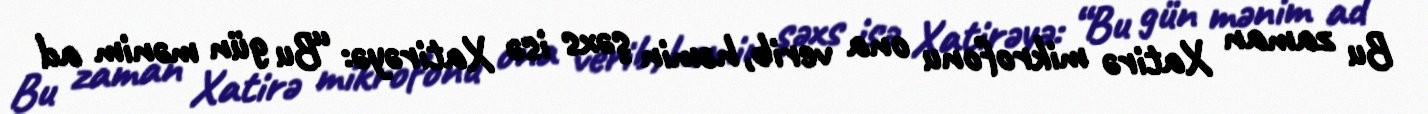
Bu zaman Xatirə mikrofonu ona verib, həmin şəxs isə Xatirəyə: “Bu gün mənim ad